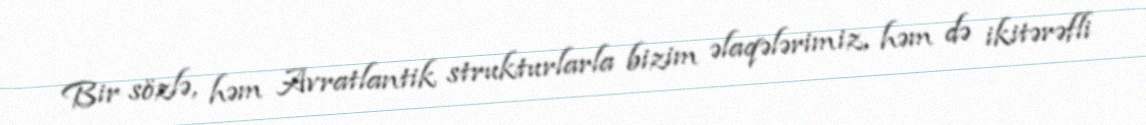
Bir sözlə, həm Avratlantik strukturlarla bizim əlaqələrimiz, həm də ikitərəfli